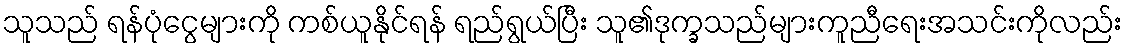
သူသည် ရန်ပုံငွေများကို ကစ်ယူနိုင်ရန် ရည်ရွယ်ပြီး သူ၏ဒုက္ခသည်များကူညီရေးအသင်းကိုလည်း